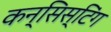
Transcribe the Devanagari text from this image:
कन्सिस्टिंग